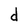
Character: d